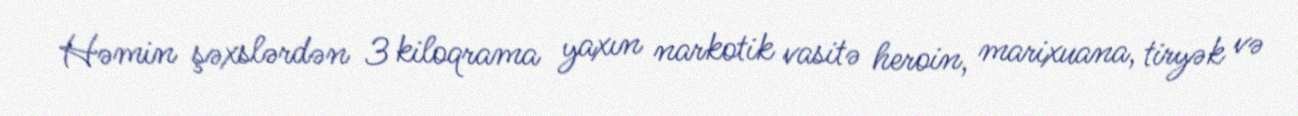
Həmin şəxslərdən 3 kiloqrama yaxın narkotik vasitə heroin, marixuana, tiryək və